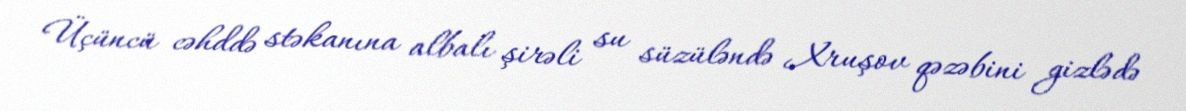
Üçüncü cəhddə stəkanına albalı şirəli su süzüləndə Xruşov qəzəbini gizlədə